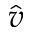
\hat { v }